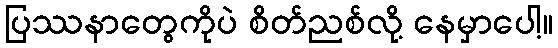
ပြဿနာတွေကိုပဲ စိတ်ညစ်လို့ နေမှာပေါ့။